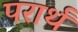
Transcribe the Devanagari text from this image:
परार्थं